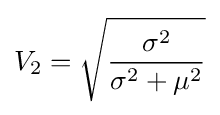
V_{2}={\sqrt {\frac {\sigma ^{2}}{\sigma ^{2}+\mu ^{2}}}}